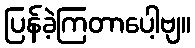
ပြန်ခဲ့ကြတာပေါ့ဗျ။